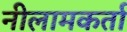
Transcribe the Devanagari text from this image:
नीलामकर्ता